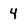
Character: 4